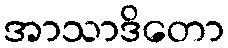
အာသာဒိတော